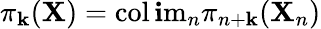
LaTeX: \pi_{\mathbf{k}}(\mathbf{X})=\operatorname{col\mathbf{i}m}_{n}\pi_{n+\mathbf{k}}(\mathbf{X}_{n})